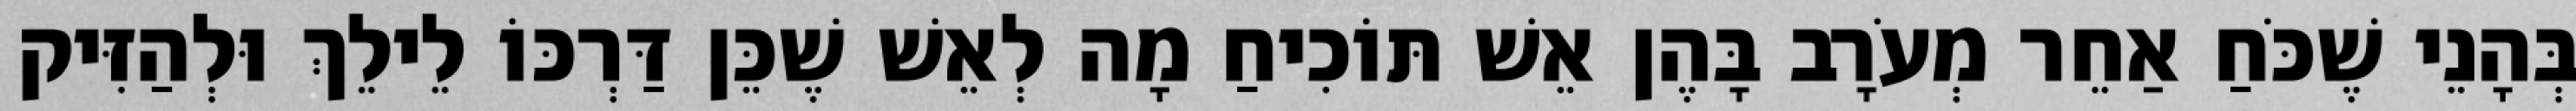
בְּהָנֵי שֶׁכֹּחַ אַחֵר מְעֹרָב בָּהֶן אֵשׁ תּוֹכִיחַ מָה לְאֵשׁ שֶׁכֵּן דַּרְכּוֹ לֵילֵךְ וּלְהַזִּיק